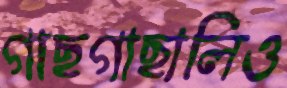
গাছগাছালিও